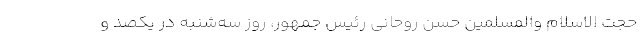
حجت الاسلام والمسلمین حسن روحانی رئیس جمهور، روز سه‌شنبه در یکصد و